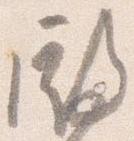
殿